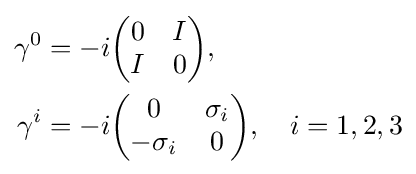
{\begin{aligned}\gamma ^{0}&=-i{\biggl (}{\begin{matrix}0&I\\I&0\\\end{matrix}}{\biggr )},\\\gamma ^{i}&=-i{\biggl (}{\begin{matrix}0&\sigma _{i}\\-\sigma _{i}&0\\\end{matrix}}{\biggr )},\quad i=1,2,3\\\end{aligned}}